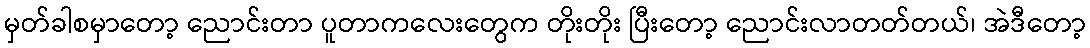
မှတ်ခါစမှာတော့ ညောင်းတာ ပူတာကလေးတွေက တိုးတိုး ပြီးတော့ ညောင်းလာတတ်တယ်၊ အဲဒီတော့